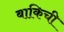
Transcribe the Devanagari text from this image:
बाकिची